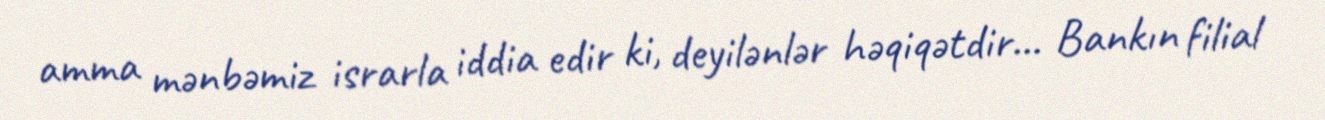
amma mənbəmiz israrla iddia edir ki, deyilənlər həqiqətdir... Bankın filial